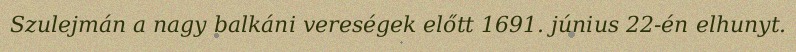
Szulejmán a nagy balkáni vereségek előtt 1691. június 22-én elhunyt.